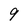
Character: 9